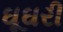
ઘૂઘરી